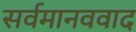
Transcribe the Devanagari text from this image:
सर्वमानववाद